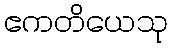
ဧကတိယေသု